65_HS1-834228961_62-HQ-83894_SUB_A
Agency: FBI
Page 48
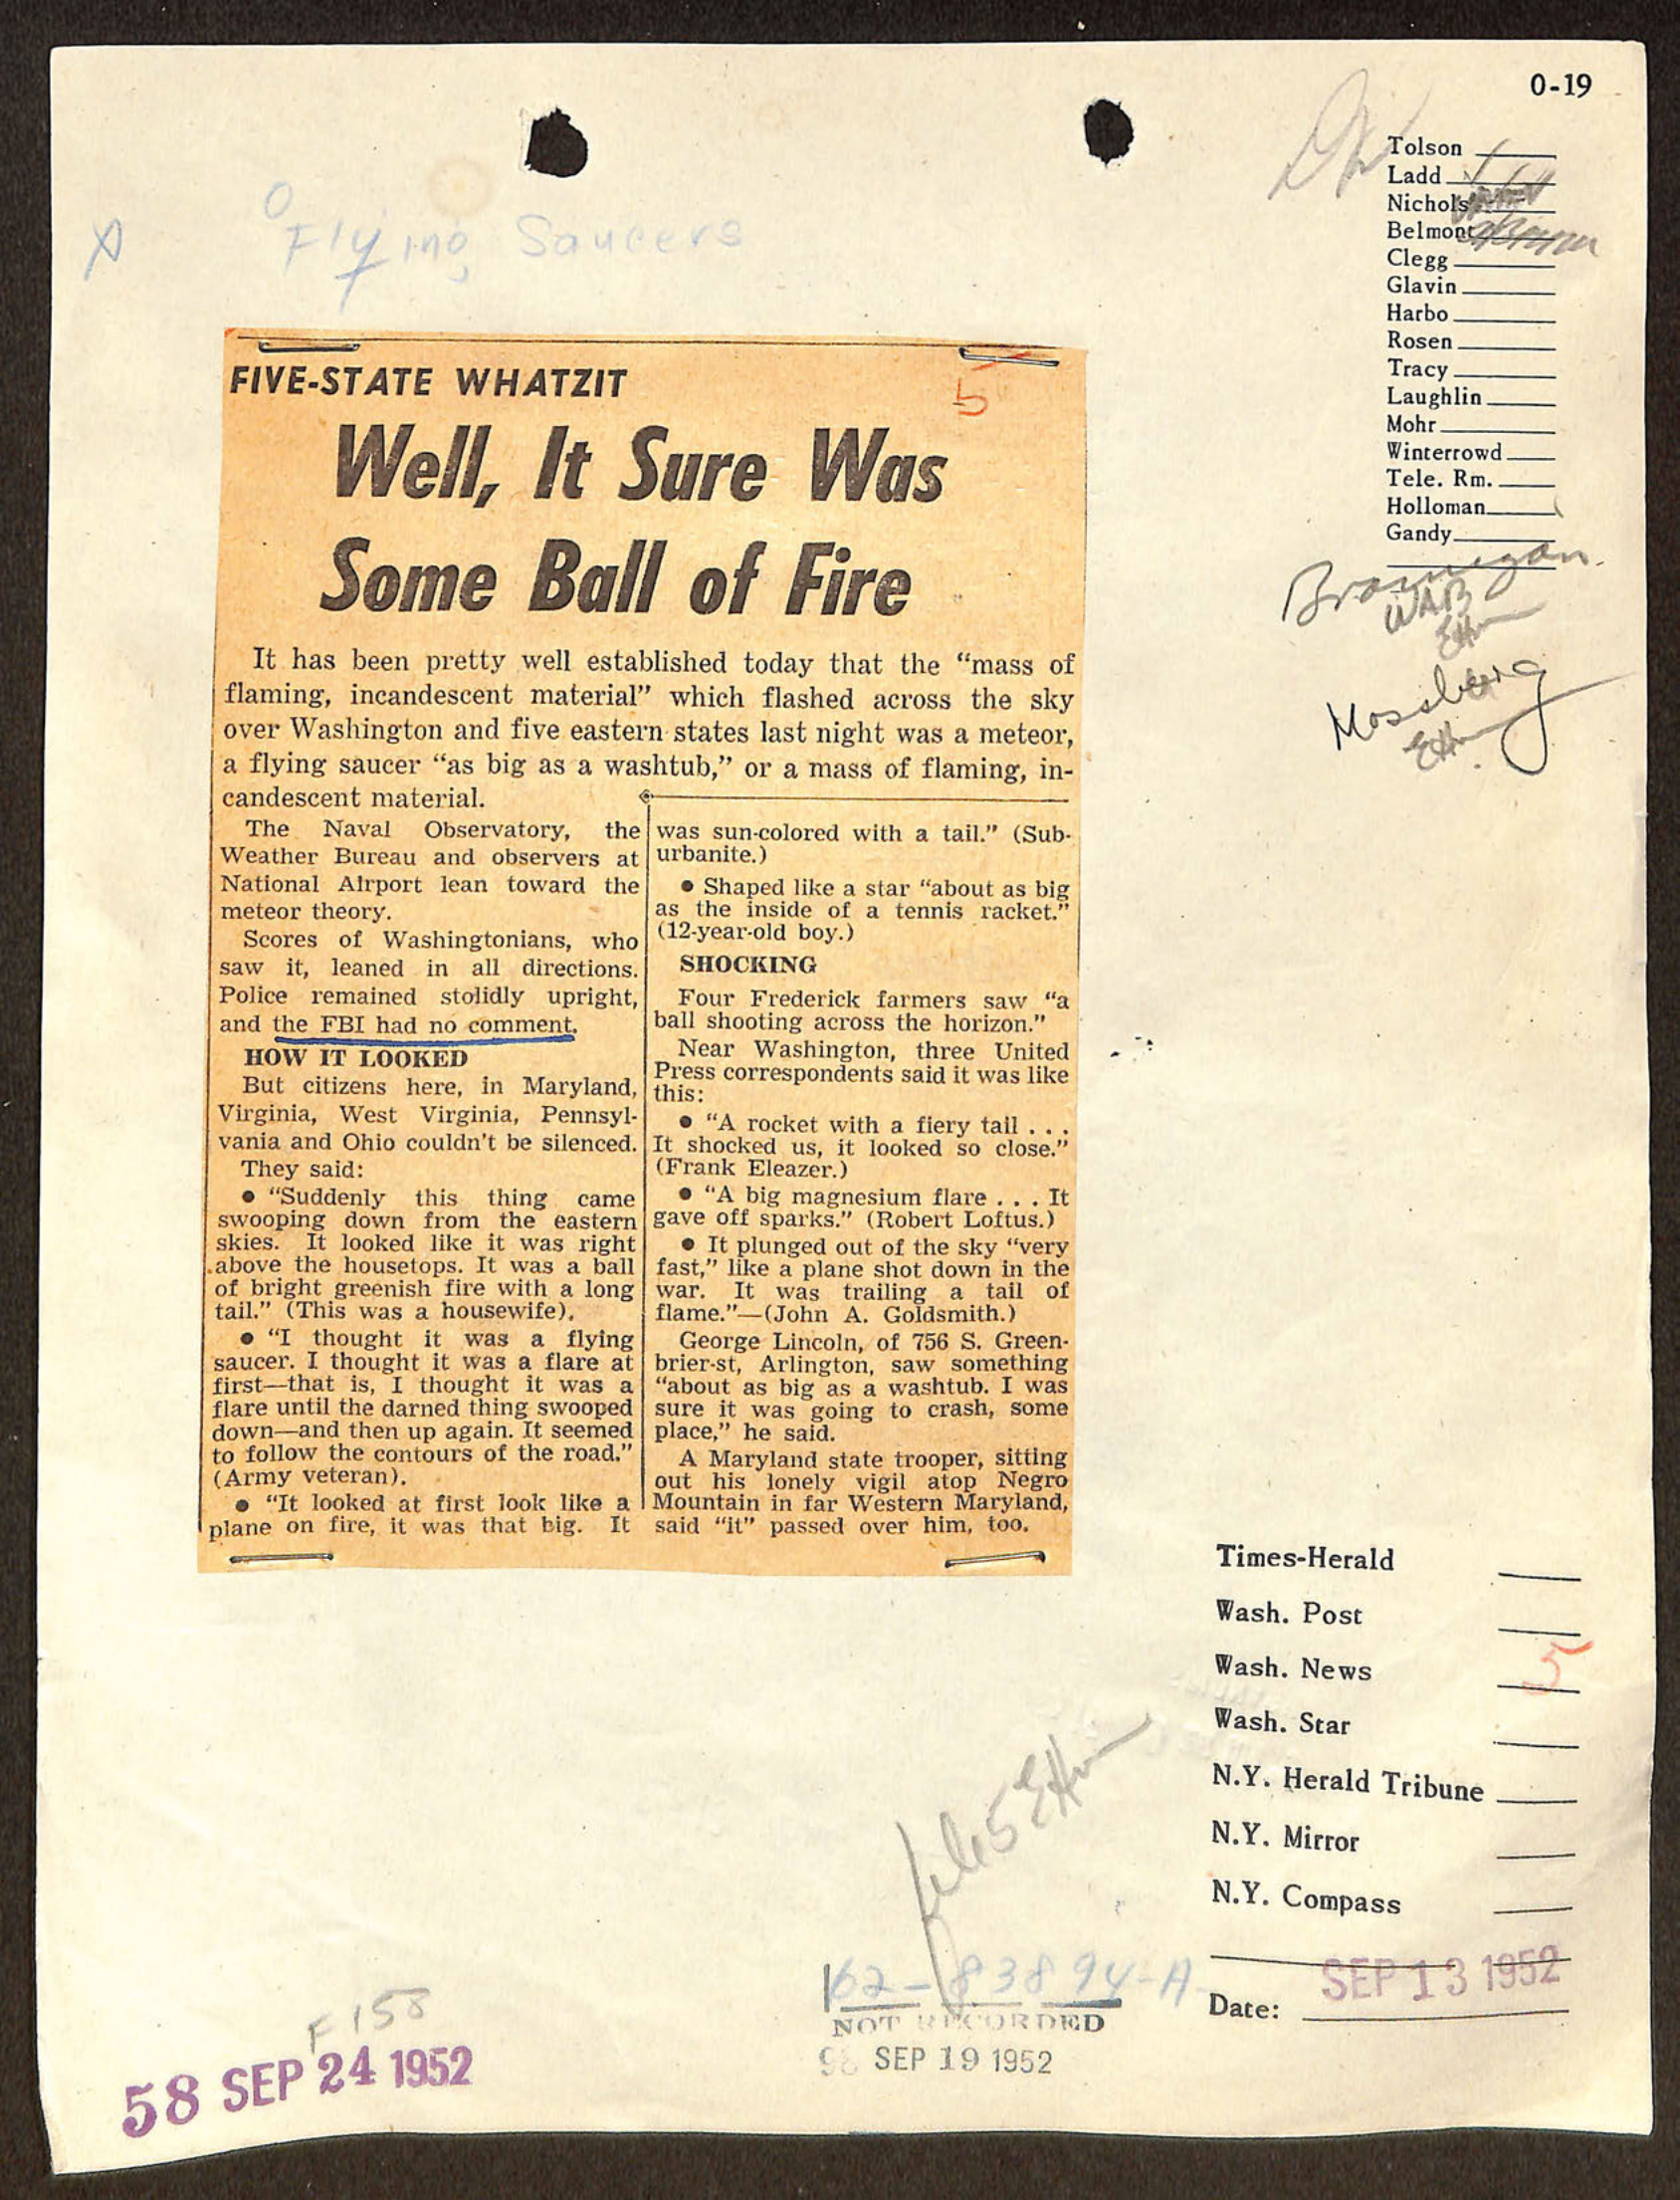